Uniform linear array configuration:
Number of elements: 4
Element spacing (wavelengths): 0.75
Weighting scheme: kaiser
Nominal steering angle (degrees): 45
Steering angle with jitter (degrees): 44.566
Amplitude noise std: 0.05
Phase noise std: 0.05

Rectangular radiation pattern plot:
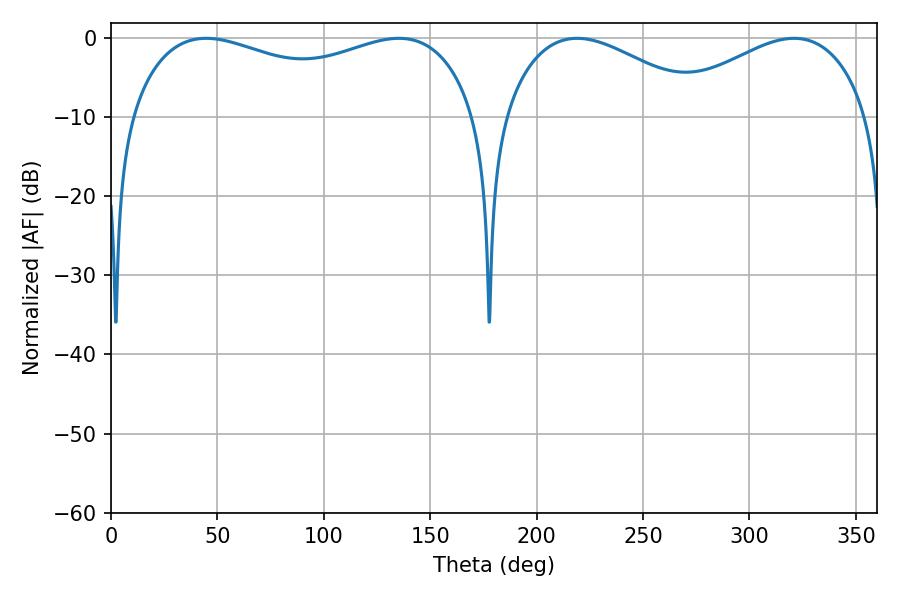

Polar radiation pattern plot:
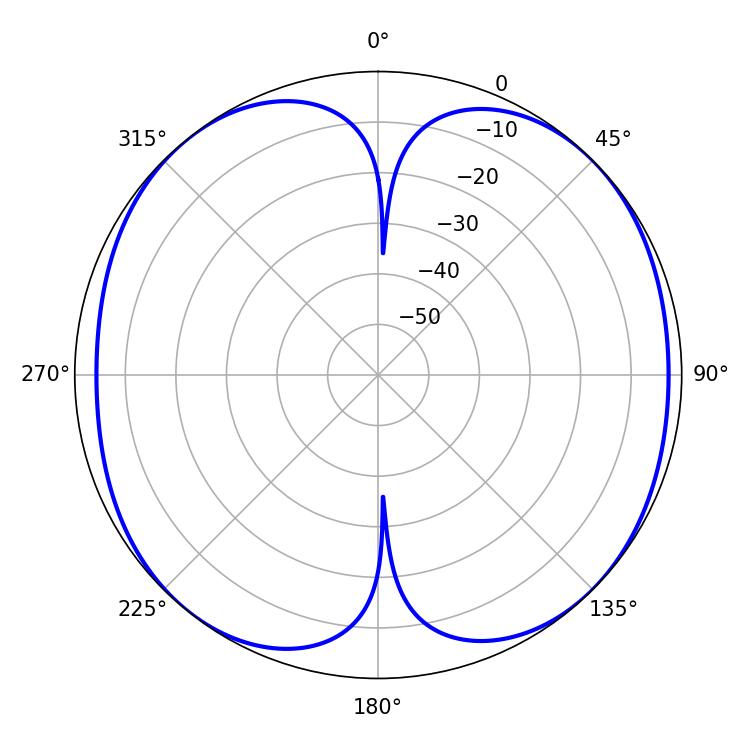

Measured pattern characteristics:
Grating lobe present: TRUE
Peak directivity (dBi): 10.88
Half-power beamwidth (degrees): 52.56
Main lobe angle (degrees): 219.06